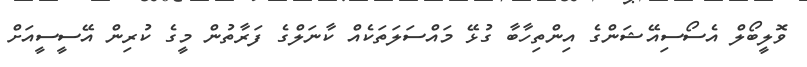
ވޮލީބޯލް އެސޯސިއޭޝަންގެ އިންތިހާބާ ގުޅޭ މައްސަލަތަކެއް ކާނަލްގެ ފަރާތުން މީގެ ކުރިން އޭސީސީއަށް